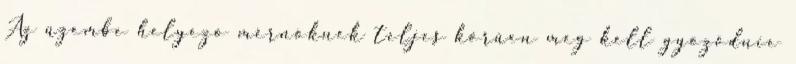
Az üzembe helyezõ mérnöknek teljes körûen meg kell gyõzõdnie